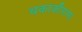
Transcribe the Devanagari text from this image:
चकाकीपणा